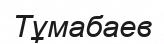
Тұмабаев